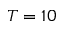
T = 1 0